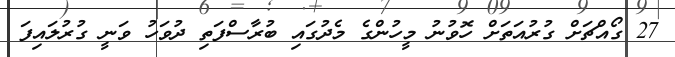
27 ގޯއްޗަށް ގުރުއަތަށް ހޮވުނު މީހުންގެ މެދުގައި ބުރާސްފަތި ދުވަހު ވަނީ ގުރުލައިފަ